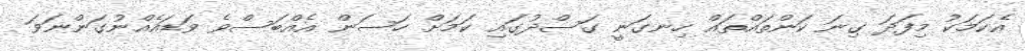
އެކަމަކު މިފަދަ ގިނަ ކަންތައްތައް ހިނގަނީ ގަސްދުގައި ކަމަށް ހަސަން އެއްބަސްވެ ވަޑައެއްނުގަންނަވަ